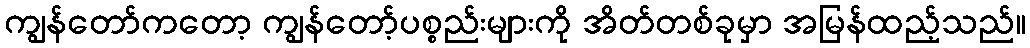
ကျွန်တော်ကတော့ ကျွန်တော့်ပစ္စည်းများကို အိတ်တစ်ခုမှာ အမြန်ထည့်သည်။